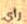
رأي